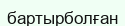
бартырболған